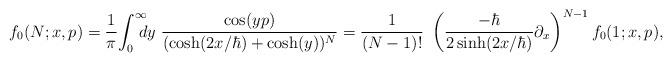
LaTeX: \begin{align*}f_0(N;x,p)={1\over \pi}\! \int^{\infty}_0\! \! \! \! dy ~ {\cos(yp) \over (\cosh(2x/\hbar )+\cosh(y))^N } ={1\over (N-1)!}~ \left(\frac{-\hbar}{2 \sinh(2x/\hbar )} \partial_x\right)^{N-1} f_0(1;x,p),\end{align*}